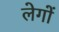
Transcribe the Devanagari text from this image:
लेगों